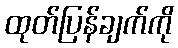
ထုတ်ပြန်ချက်ကို